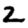
Digit: 2